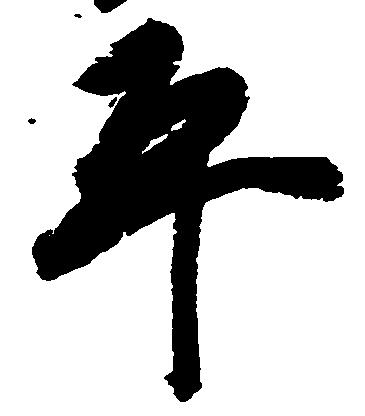
平